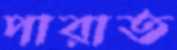
পারাত